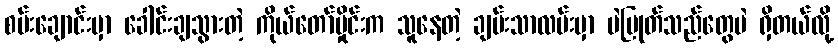
စမ်းချောင်းမှာ ခေါင်းချသွားတဲ့ ကိုယ်တော်မှိုင်းက သူနေတဲ့ ချမ်းသာလမ်းမှာ ပဲပြုတ်သည်တွေပဲ ရှိတယ်လို့